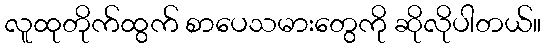
လူထုတိုက်ထွက် စာပေသမားတွေကို ဆိုလိုပါတယ်။